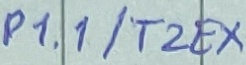
Text: P1.1/T2EX